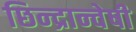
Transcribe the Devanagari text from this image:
छिन्‍द्रान्‍वेषी